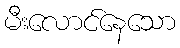
မီးလောင်နေသော